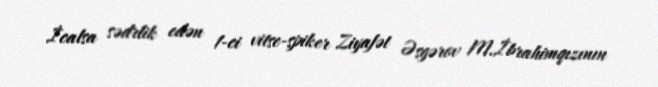
İcalsa sədrlik edən 1-ci vitse-spiker Ziyafət Əsgərov M.İbrahimqızının